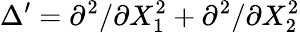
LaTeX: \Delta^{\prime}=\partial^{2}/\partial X_{1}^{2}+\partial^{2}/\partial X_{2}^{2}